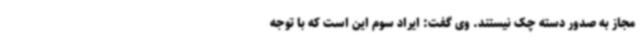
مجاز به صدور دسته چک نیستند. وی گفت: ایراد سوم این است که با توجه